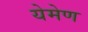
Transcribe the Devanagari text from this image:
येमेण